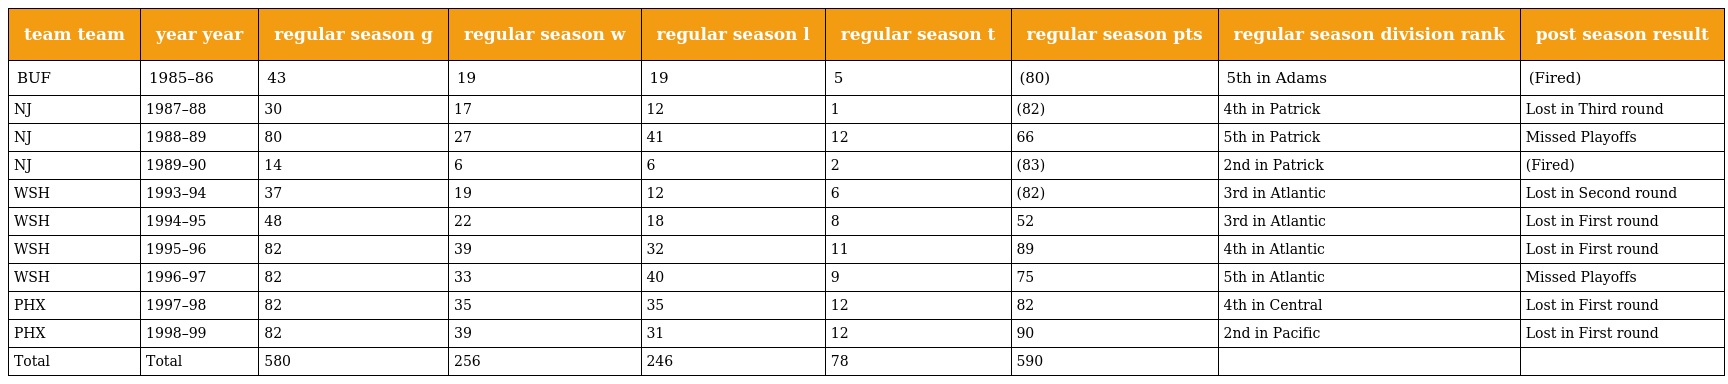
| team team | year year | regular season g | regular season w | regular season l | regular season t | regular season pts | regular season division rank | post season result |
 | --- | --- | --- | --- | --- | --- | --- | --- | --- |
 | BUF | 1985–86 | 43 | 19 | 19 | 5 | (80) | 5th in Adams | (Fired) |
 | NJ | 1987–88 | 30 | 17 | 12 | 1 | (82) | 4th in Patrick | Lost in Third round |
 | NJ | 1988–89 | 80 | 27 | 41 | 12 | 66 | 5th in Patrick | Missed Playoffs |
 | NJ | 1989–90 | 14 | 6 | 6 | 2 | (83) | 2nd in Patrick | (Fired) |
 | WSH | 1993–94 | 37 | 19 | 12 | 6 | (82) | 3rd in Atlantic | Lost in Second round |
 | WSH | 1994–95 | 48 | 22 | 18 | 8 | 52 | 3rd in Atlantic | Lost in First round |
 | WSH | 1995–96 | 82 | 39 | 32 | 11 | 89 | 4th in Atlantic | Lost in First round |
 | WSH | 1996–97 | 82 | 33 | 40 | 9 | 75 | 5th in Atlantic | Missed Playoffs |
 | PHX | 1997–98 | 82 | 35 | 35 | 12 | 82 | 4th in Central | Lost in First round |
 | PHX | 1998–99 | 82 | 39 | 31 | 12 | 90 | 2nd in Pacific | Lost in First round |
 | Total | Total | 580 | 256 | 246 | 78 | 590 |  |  |